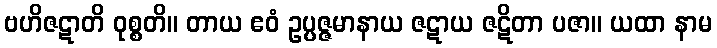
ဗဟိဇဋာတိ ဝုစ္စတိ။ တာယ ဧဝံ ဥပ္ပဇ္ဇမာနာယ ဇဋာယ ဇဋိတာ ပဇာ။ ယထာ နာမ